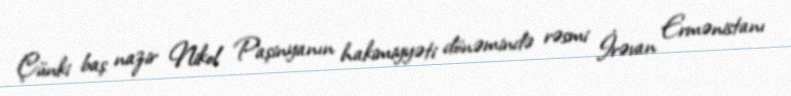
Çünki baş nazir Nikol Paşinyanın hakimiyyəti dönəmində rəsmi İrəvan Ermənistanı